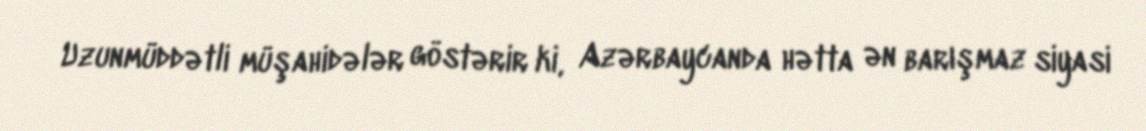
Uzunmüddətli müşahidələr göstərir ki, Azərbaycanda hətta ən barışmaz siyasi